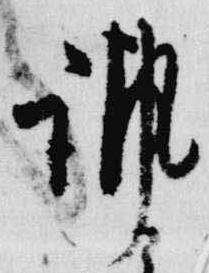
諷